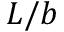
L / b